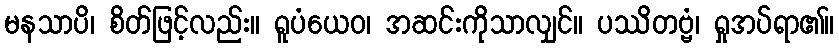
မနသာပိ၊ စိတ်ဖြင့်လည်း။ ရူပံယေဝ၊ အဆင်းကိုသာလျှင်။ ပဿိတဗ္ဗံ၊ ရှုအပ်ရာ၏။